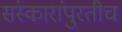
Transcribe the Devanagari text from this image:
संस्कारांपुरतीच